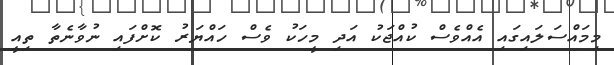
މިމައްސަލައިގައި އެއްވެސް ކުއްޖަކު އަދި މީހަކު ވެސް ހައްޔަރު ކޮށްފައި ނުވާނެތާ ތިއީ